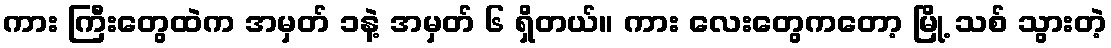
ကား ကြီးတွေထဲက အမှတ် ၁နဲ့ အမှတ် ၆ ရှိတယ်။ ကား လေးတွေကတော့ မြို့ သစ် သွားတဲ့